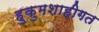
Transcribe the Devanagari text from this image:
हुकुमशाहीगत